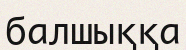
балшыққа